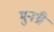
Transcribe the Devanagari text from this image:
मुनथ्री